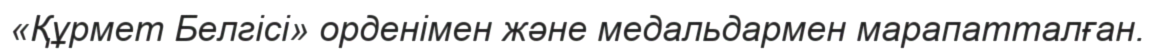
«Құрмет Белгісі» орденімен және медальдармен марапатталған.